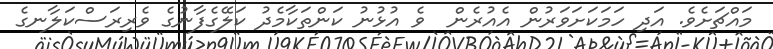
މައްޗަށެވެ. އަދި ހަމަކަށަވަރުން އެއުރެން  ވެ އުޅުނު ކަންތަކާމެދު ކަލޭގެފާނުގެ ވެރިރަސްކަލާނގެ